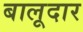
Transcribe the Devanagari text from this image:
बालूदार